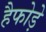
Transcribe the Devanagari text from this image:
हैफोड़े